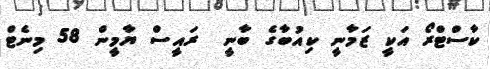
ކާސްޓްރޯ އަކީ ޒަމާނީ ކިއުބާގެ ބާނީ  ރައީސް ޔާމީން 58 މިނެޓް